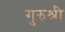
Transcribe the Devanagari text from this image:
गुरुश्री